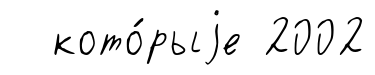
кото́рыjе 2002